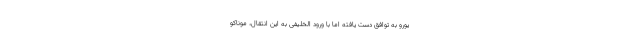
یورو به توافق دست یافته اما با ورود الخلیفی به این انتقال، موناکو